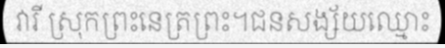
វារី ស្រុកព្រះនេត្រព្រះ។ជនសង្ស័យឈ្មោះ